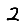
Digit: 2